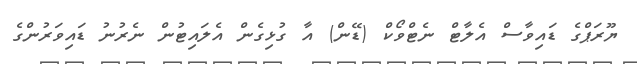
ޔޫރަޕްގެ ޑައިވާސް އެލާޓް ނެޓްވޯކް (ޑޭން) އާ ގުޅިގެން އެލައިޓުން ނެރުނު ޑައިވަރުންގެ